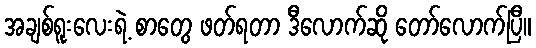
အချစ်ရူးလေးရဲ့ စာတွေ ဖတ်ရတာ ဒီလောက်ဆို တော်လောက်ပြီ။